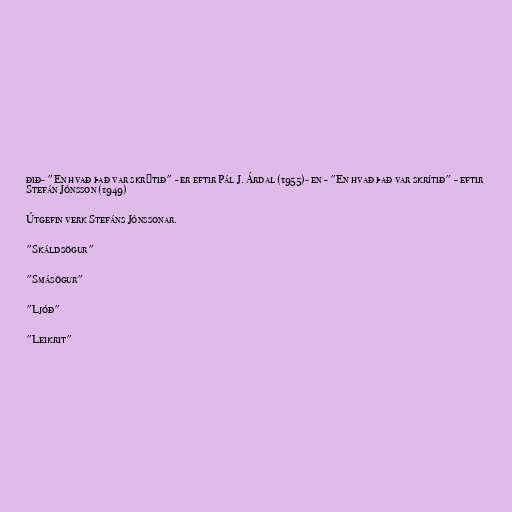
ðið- "En hvað það var skrýtið" - er eftir Pál J. Árdal (1955)- en - "En hvað það var skrítið" - eftir
Stefán Jónsson (1949)

Útgefin verk Stefáns Jónssonar.

"Skáldsögur"

"Smásögur"

"Ljóð"

"Leikrit"